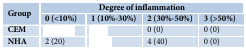
<table><thead><tr><td rowspan="2"><b>Group</b></td><td colspan="4"><b>Degree of inflammation</b></td></tr><tr><td><b>0 (&lt;10%)</b></td><td><b>1 (10%-30%)</b></td><td><b>2 (30%-50%)</b></td><td><b>3 (&gt;50%)</b></td></tr></thead><tbody><tr><td><b>CEM</b></td><td>[EMPTY_CELL]</td><td>[EMPTY_CELL]</td><td>0 (0)</td><td>0 (0)</td></tr><tr><td><b>NHA</b></td><td>2 (20)</td><td>[EMPTY_CELL]</td><td>4 (40)</td><td>0 (0)</td></tr></tbody></table>